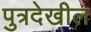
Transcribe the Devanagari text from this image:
पुत्रदेखील